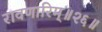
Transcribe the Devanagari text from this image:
रावणारिम्‌॥२६॥